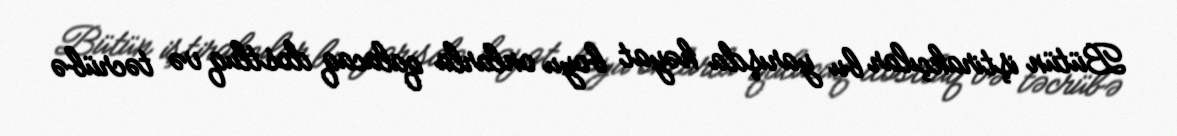
Bütün iştirakçılar bu yarışda həyat boyu onlarla qalacaq dostluq və təcrübə